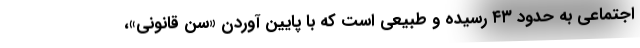
اجتماعی به حدود ۴۳ رسیده و طبیعی است که با پایین آوردن «سن قانونی»،